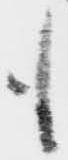
も